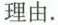
理由.